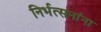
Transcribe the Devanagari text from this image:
निर्भत्सनांना